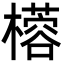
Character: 㯴